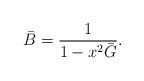
LaTeX: \begin{align*}\bar{B} = \frac{1}{1-x^2\bar{G}}.\end{align*}